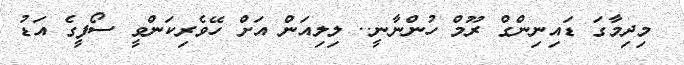
މިދިމާގަ ޑައިނިންގް ރޫމް ހުންނާނީ.. ލިލިއަން އަށް ހޭވެރިކަންވީ ސޯފީގެ އަޑު